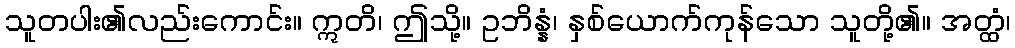
သူတပါး၏လည်းကောင်း။ ဣတိ၊ ဤသို့။ ဥဘိန္နံ၊ နှစ်ယောက်ကုန်သော သူတို့၏။ အတ္ထံ၊